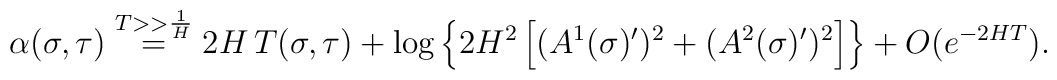
\alpha(\sigma,\tau) \buildrel{T >> {1\over H} }\over =2 H\, T(\sigma, \tau) + \log\left\{2 H^2 \left[ (A^{1}(\sigma)')^2 +  (A^{2}(\sigma)')^2 \right] \right\} + O(e^{-2HT}).